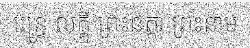
រេន្ទ្រ លក្ឝ្មី ព្រះនត្តា ព្រះនាម